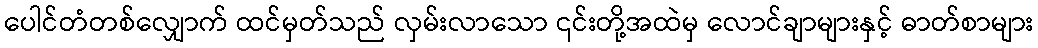
ပေါင်တံတစ်လျှောက် ထင်မှတ်သည် လှမ်းလာသော ၎င်းတို့အထဲမှ လောင်ချာများနှင့် ဓာတ်စာများ